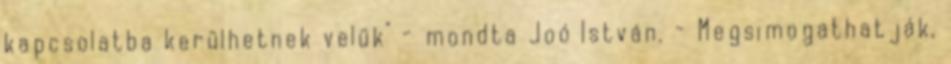
kapcsolatba kerülhetnek velük" - mondta Joó István. - Megsimogathatják,